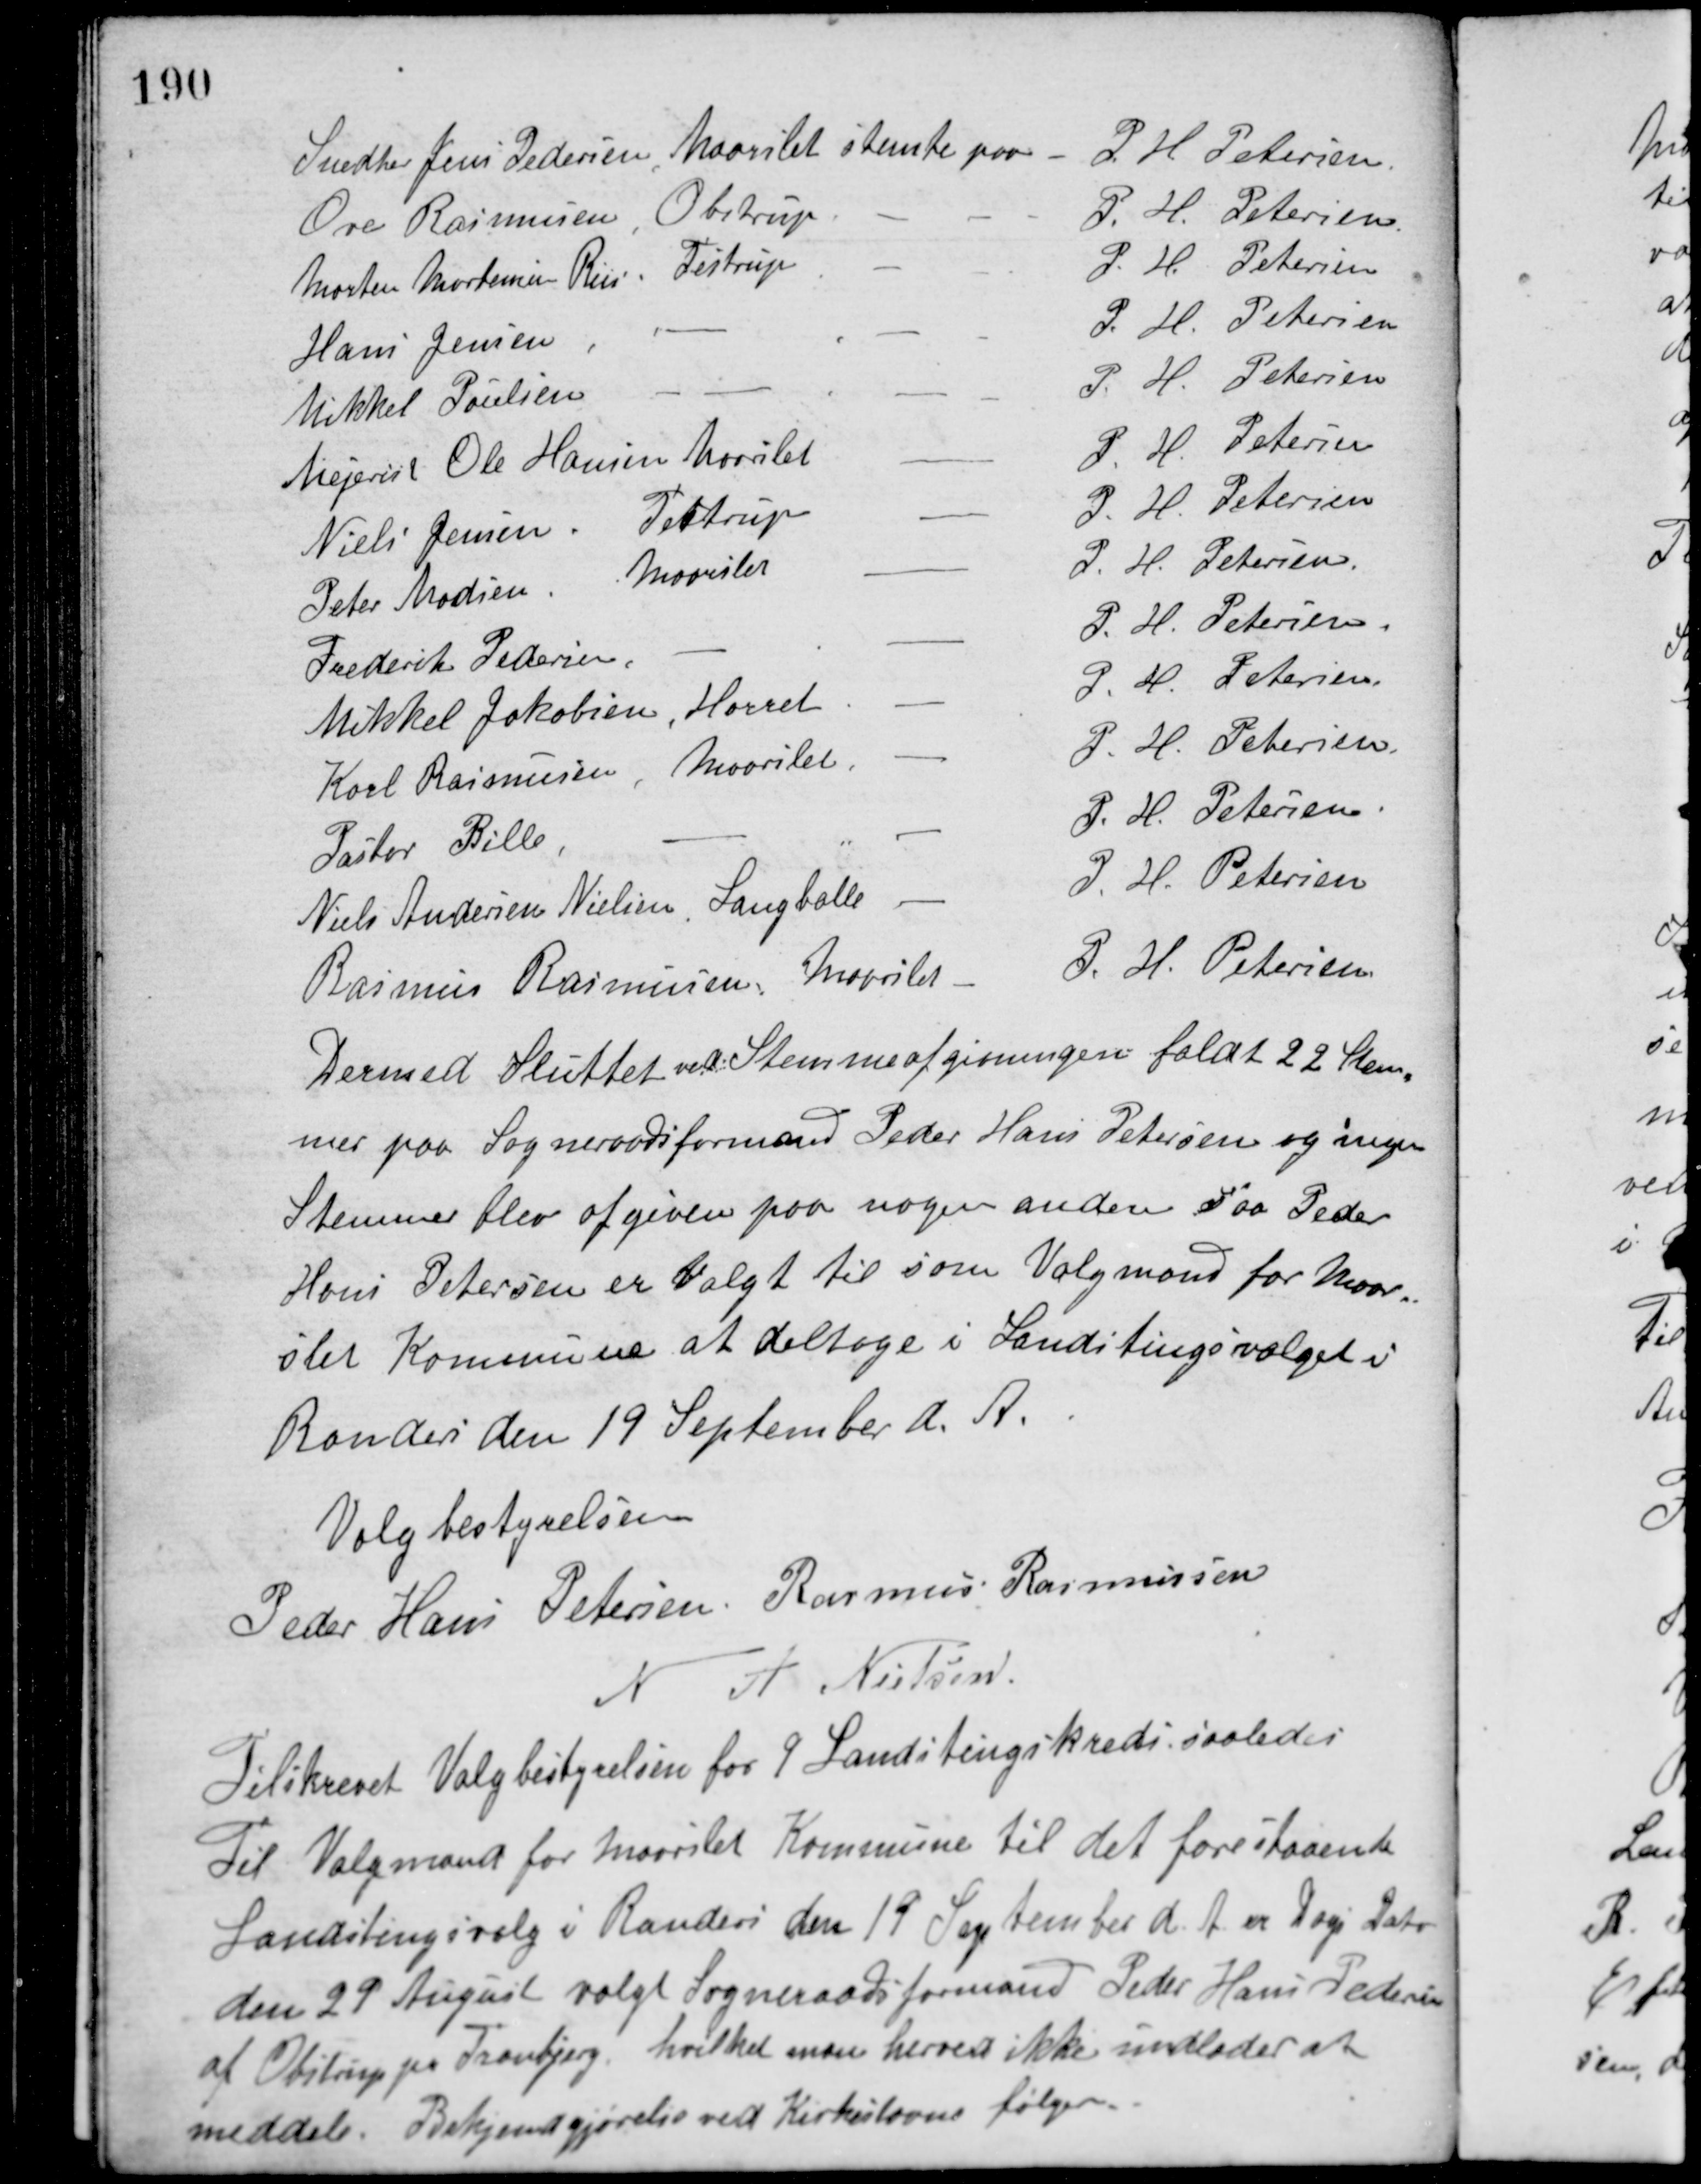
Transskription:
Snedker Jens Pedersen Maarslet stemte paa P. H. Petersen
Ove Rasmussen, Obstrup - P. H. Petersen
Morten Mortensen Riis. Testrup - P. H. Petersen
Hans Jensen, - - P. H. Petersen
Mikkel Poulsen, - - P. H. Petersen
Mejerist Ole Hansen Maarslet - P. H. Petersen
Niels Jensen, Testrup - P. H. Petersen
Peter Madsen, Maarslet - P. H. Petersen
Frederik Pedersen, - - P. H. Petersen
Mikkel Jakobsen, Hørret - P. H. Petersen
Karl Rasmussen, Maarslet - P. H. Petersen
Pastor Bille, - - P. H. Petersen
Niels Andersen Nielsen, Langballe - P. H. Petersen
Rasmus Rasmussen, Maarslet - P. H. Petersen
Dermed Sluttet ved Stemmeafgivningen faldt 22 Stem-
mer paa Sogneraadsformand Peder Hans Petersen og ingen
Stemmer blev afgiven paa nogen anden. Saa Peder
Hans Petersen er Valgt til som Valgmand for Maar-
slet Kommune at deltage i Landstingsvalget i
Randers den 19 September d. A.
Valgbestyrelsen
Peder Hans Petersen Rasmus Rasmussen
N. A. Nielsen
Tilskrevet Valgbestyrelsen for 9 Landstingskreds saaledes
Til Valgmand for Maarslet Kommune til det forestaaende
Landstingsvalg i Randers den 19 September d. A. er Dags Dato
den 29 August valgt Sogneraadsformand Peder Hans Pedersen
af Obstrup pr. Tranbjerg, hvilket man herved ikke undlader at
meddele. Bekjendgjørelse ved Kirkestævne følger.